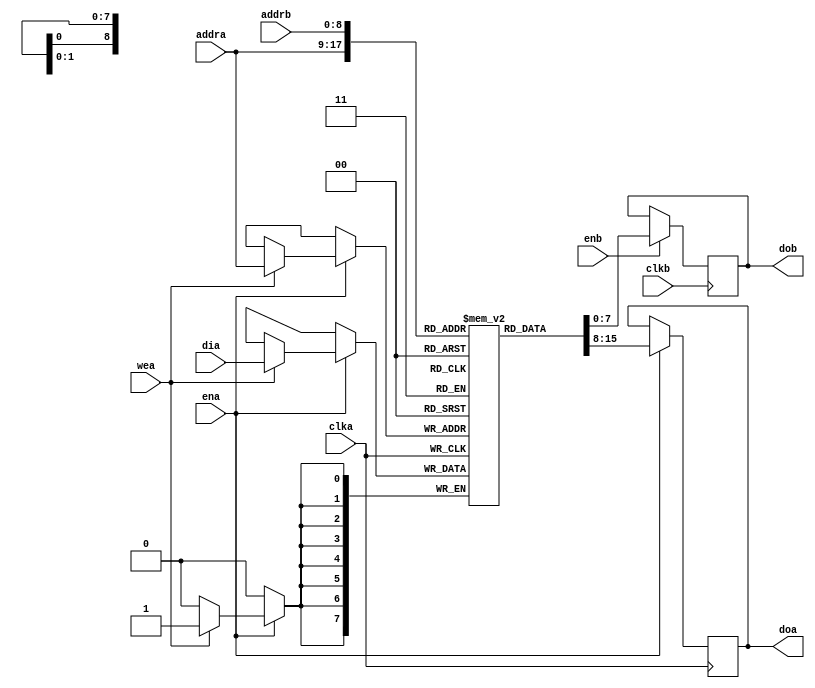
//-----------------------------------------------------
//-----------------------------------------------------
module v_ram_01_1 (clka, clkb, ena, enb, wea, addra, addrb, dia, doa, dob);
    input  clka, clkb;
    input  wea;
    input  ena, enb;
    input  [8:0] addra, addrb; // There are 512 pixel in each row; this is a RAM module per row
    input  [7:0] dia; // 8 bit data
    output [7:0] doa, dob; // 8 bit data
    reg    [7:0] RAM [511:0]; // 8 bits wide-512 element ram
    reg    [7:0] doa, dob;
    always @(posedge clka)
    begin
        if (ena)
        begin
            if (wea) 
            begin
              RAM[addra]<=dia;
            end
            doa <= RAM[addra];
        end        
    end
    always @(posedge clkb)
    begin
        if (enb)
        begin
            dob <= RAM[addrb];
        end
    end
endmodule